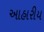
આહારીય